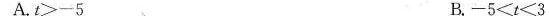
A.$$t > - 5$$ B.$$- 5 < t < 3$$